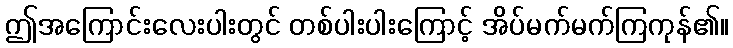
ဤအကြောင်းလေးပါးတွင် တစ်ပါးပါးကြောင့် အိပ်မက်မက်ကြကုန်၏။